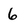
Character: 6